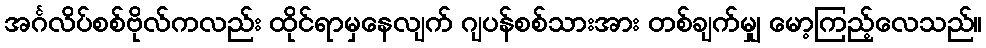
အင်္ဂလိပ်စစ်ဗိုလ်ကလည်း ထိုင်ရာမှနေလျက် ဂျပန်စစ်သားအား တစ်ချက်မျှ မော့ကြည့်လေသည်။